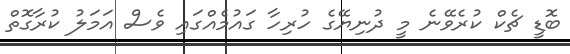
ބޮޑީ ޗެކް ކުރެވޭނެ މީ ދުނިޔޭގެ ހުރިހާ ގައުމެއްގައި ވެސް އަމަލު ކުރާގޮތް